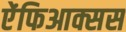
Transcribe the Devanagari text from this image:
ऐंफिआक्सस